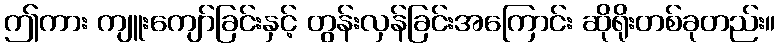
ဤကား ကျူးကျော်ခြင်းနှင့် တွန်းလှန်ခြင်းအကြောင်း ဆိုရိုးတစ်ခုတည်း။